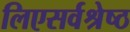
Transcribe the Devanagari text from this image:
लिएसर्वश्रेष्ठ